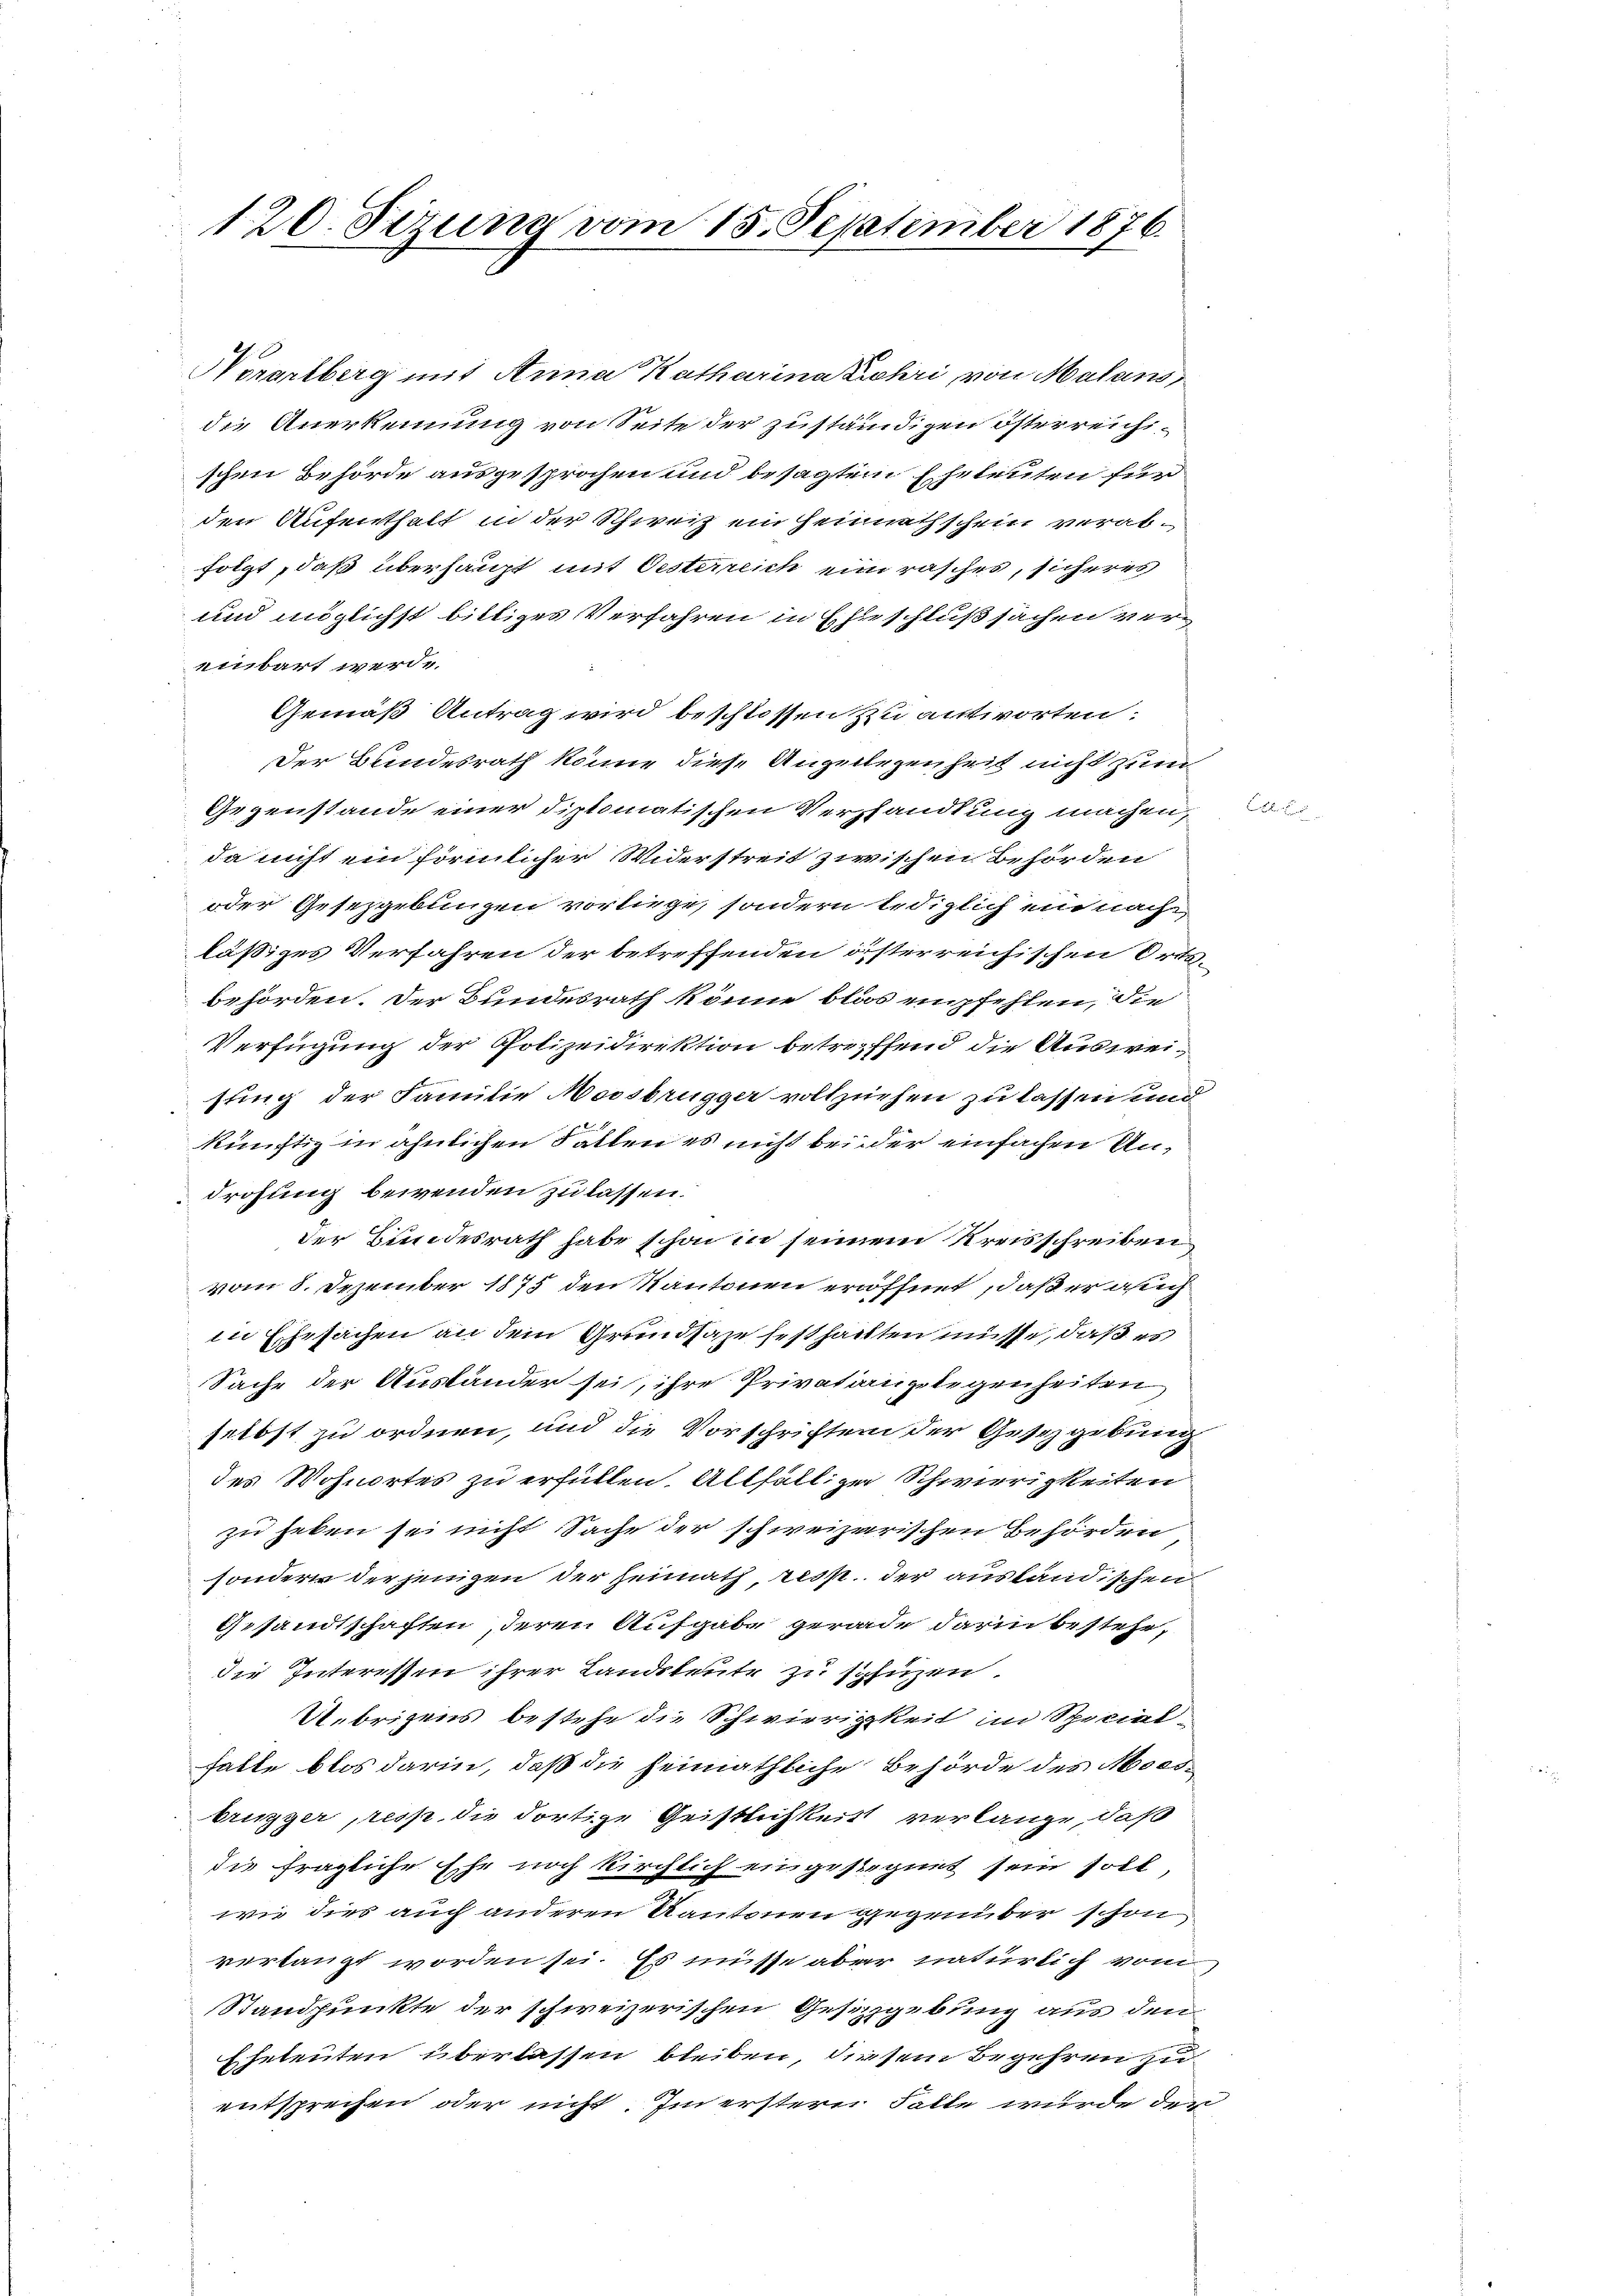
120. Sizung vom 15. September 1876.

Norarlberg mit Arina Katharina Zehri von Malans,
die Anerkennung von Seite der zuständigen österreichischen Behörde ausgesprochen und besagtem Eheleuten für
den Aufenthalt in der Schweiz ein Heimathschein verabfolgt, daß überhaupt mit Oesterreich ein rasches, sicheres
und möglichst billiges Verfahren in Eheschlußsachen vereinbart werde.
Gemäß Antrag wird beschlossen zu antworten:
Der Bundesrath könne diese Angelegenheit nicht zum
Gegenstande einer diplomatischen Vershandlung machen,
da nicht ein förmlicher Widerstreit zwischen Behörden
oder Gesetzgebungen vorliege, sondern lediglich ein nach
läßiges Verfahren der betreffenden österreichischen Orts-
behörden. Der Bundesrath könne blos empfehlen, die
Verfügung der Polizeidirektion betreffend die Ausweisting der Familie Moosbrügger vollziehen zu lassen und
künftig in ähnlichen Fallen es nicht bei der einfachen Undrohung bewenden zu lassen.
der Bundesrath habe schon in seinem Kreisschreiben
vom 8. Dezember 1875 den Kantonen eröffnet, daß er ach
in Ehesachen an dem Grundsaze festhalten müsse, daß es
Sache der Ausländer sei, ihre Privation gelegenheiten
selbst zu ordnen, und die Vorschriften der Gesetzgebung
des Wohnortes zu erfüllen. Allfäll zu Schwierigkeiten
zu heben sei nicht Sache der schweizerischen Behörden
sondern der jenigen der Heimath, resp. der ausländischen
Gesandtschaften, deren Aufgabe gerade darin bestehe,
die Interessen ihrer Landsleute zu sphüzen.
Übrigens bestehe die Schwierigkeit im Specielfalle blos darin, daß die heimathliche Behörde des Moosbrugger, resp. die dortige Geistlichkeit verlange, daß
die fragliche Ehe noch kirchlich eingesegnet sein soll
wie dies auch anderen Kantonen gegenüber schon
verlangt worden sei. Es müsse aber natürlich vom
Standpunkte der schweizerischen Gesetzgebung aus den
Eheleuten überlassen bleiben, diesem Begehren zu
entsprechen oder nicht. Im erstern Falle wurde der

E